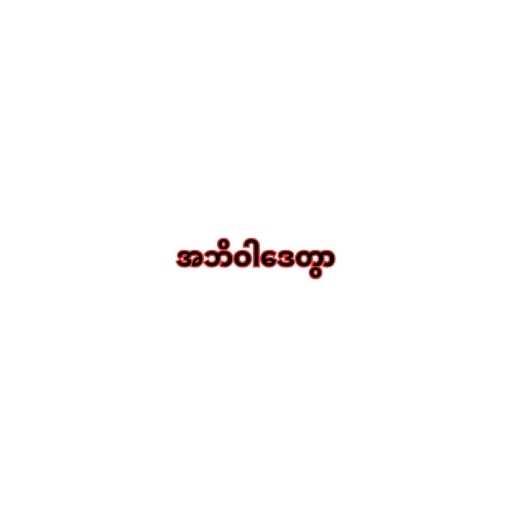
အဘိဝါဒေတွာ